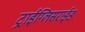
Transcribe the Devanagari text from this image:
ट्राईग्लिसराईड